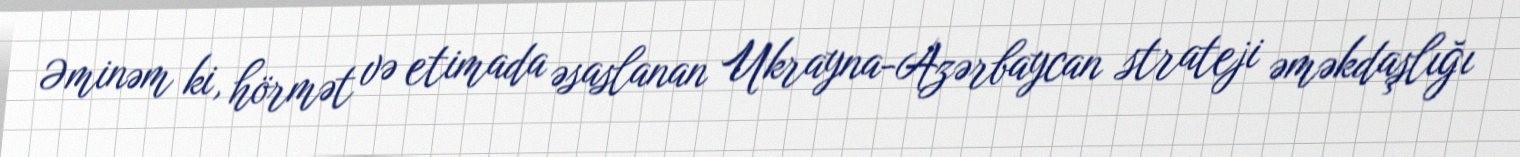
Əminəm ki, hörmət və etimada əsaslanan Ukrayna-Azərbaycan strateji əməkdaşlığı